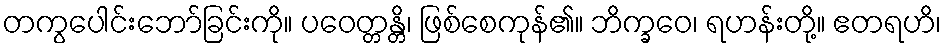
တကွပေါင်းဘော်ခြင်းကို။ ပဝေတ္တန္တိ၊ ဖြစ်စေကုန်၏။ ဘိက္ခဝေ၊ ရဟန်းတို့။ ဧတရဟိ၊